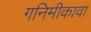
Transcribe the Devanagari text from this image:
गनिमीकावा